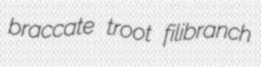
braccate troot filibranch